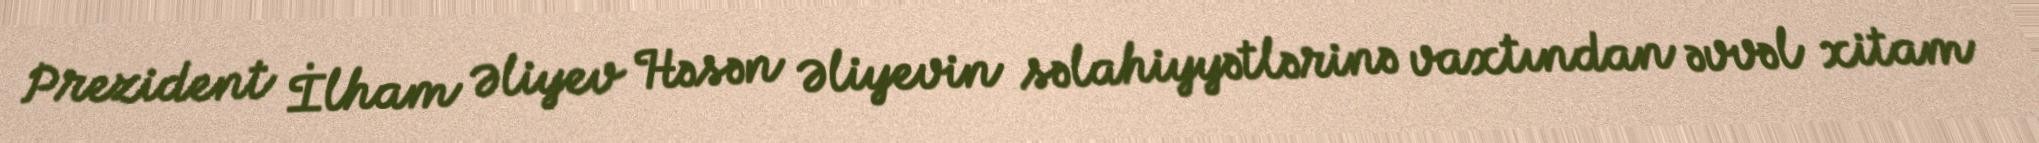
Prezident İlham Əliyev Həsən Əliyevin səlahiyyətlərinə vaxtından əvvəl xitam